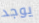
يوجد